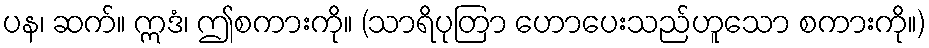
ပန၊ ဆက်။ ဣဒံ၊ ဤစကားကို။ (သာရိပုတြာ ဟောပေးသည်ဟူသော စကားကို။)